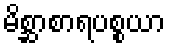
မိစ္ဆာစာရပစ္စယာ